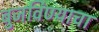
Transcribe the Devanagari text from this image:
बुजविण्याचा